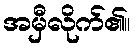
အမှီလိုက်၏။